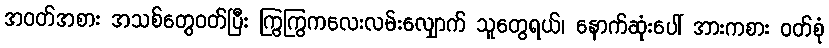
အဝတ်အစား အသစ်တွေဝတ်ပြီး ကြွကြွကလေးလမ်းလျှောက် သူတွေရယ်၊ နောက်ဆုံးပေါ် အားကစား ဝတ်စုံ